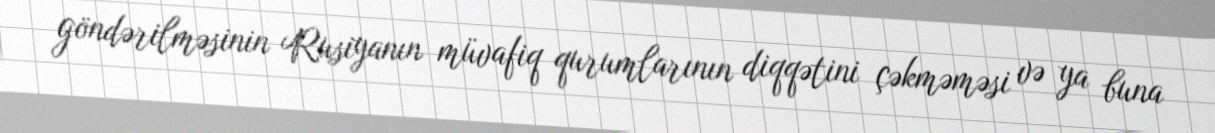
göndərilməsinin Rusiyanın müvafiq qurumlarının diqqətini çəkməməsi və ya buna